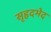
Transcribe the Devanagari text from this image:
सृहृदभेद